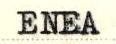
ENEA